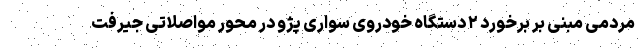
مردمی مبنی بر برخورد ۲ دستگاه خودروی سواری پژو در محور مواصلاتی جیرفت